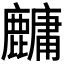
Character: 𬹁